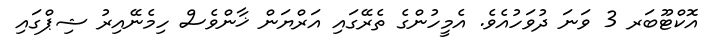
އޮކްޓޫބަރ 3 ވަނަ ދުވަހުއެވެ. އެމީހުންގެ ތެރޭގައި އަރްޔަން ޚާންވެސް ހިމެނޭއިރު ޝިޕްގައި